Leaving Certificate Examination, 1911
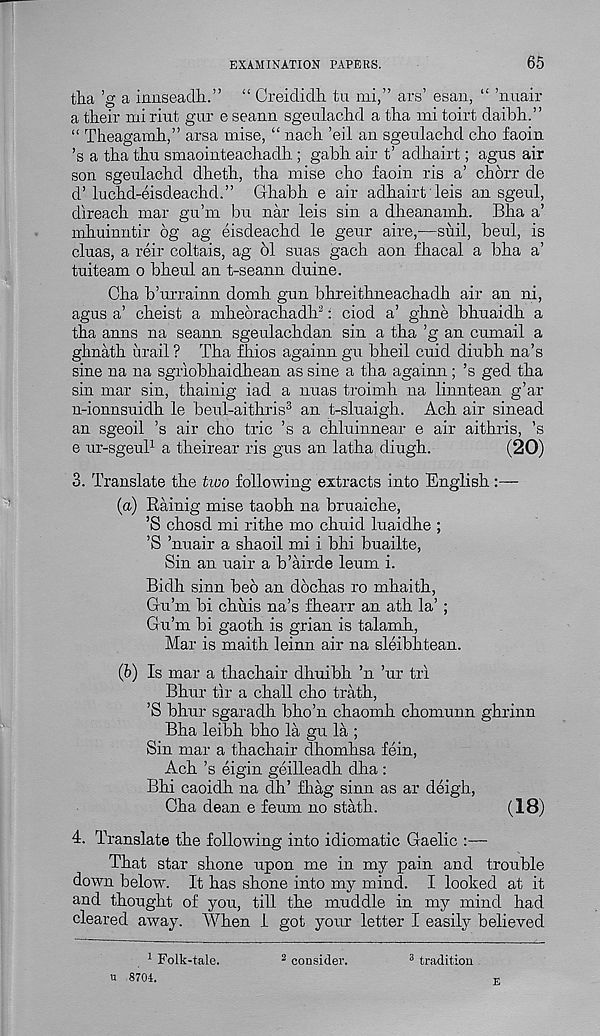
EXAMINATION PAPERS.
65
tha ’g a iianseadh.” “ Creididh tu mi,” ars’ esan, “ ’nuair
a their mi riut gur e seann sgeulachd a tha mi toirt daibh.”
“ Theagamh,” arsa mise, “ nach ’eil an sgeulachd cho faoin
’s a tha thu smaointeachadh; gabh air t’ adhairt; agus air
son sgeulachd dheth, tha mise cho faoin ris a’ chorr de
d’ luchd-eisdeachd.” Ghabh e air adhairt' leis an sgeul,
direach mar gu’m bu nar leis sin a dheanamh. Bha a’
mhuinntir 6g ag eisdeachd le geur aire,-—suil, beul, is
cluas, a reir coltais, ag bl suas gach aon fhacal a bha a’
tuiteam o bheul an t-seann duine.
Cha b’urrainn domh gun bhreithneachadh air an ni,
agus a’ cheist a mheorachadh 3 : ciod a’ ghne bhuaidh a
tha anus na seann sgeulachdan sin a tha ’g an cumail a
ghnath iirail ? Tha fhios againn gu bheil cuid diubh na’s
sine na na sgriobhaidhean as sine a tha againn ; ’s ged tha
sin mar sin, thainig iad a nuas troimh na linntean g’ar
n-ionnsuidh le beul-aithris 3 an t-sluaigh. Ach air sinead
an sgeoil ’s air cho trie ’s a chluinnear e air aithris, ’s
e ur-sgeul 1 a theirear ris gus an latha diugh.
(20)
3. Translate the two following extracts into English :—
(a) Rainig mise taobh na bruaiche,
’S chosd mi rithe mo chuid luaidhe ;
’S ’nuair a shaoil mi i bhi buailte,
Sin an uair a b’airde leum i.
Bidh sinn bed an dochas ro mhaith,
Gu’m bi chuis na’s fhearr an ath la’ ;
Gu’m bi gaoth is grian is talamh,
Mar is maith leinn air na sleibhtean.
(b) Is mar a thachair dhuibh ’n ’ur tri
Bhur tir a chall cho trath,
’S bhur sgaradh bho’n chaomh chomunn ghrinn
Bha leibh bho la gu la ;
Sin mar a thachair dhomhsa fein,
Ach’s eigin geilleadh dha :
Bhi caoidh na dh’ fliag sinn as ar deigh,
Cha dean e feum no stath.
(18)
4. Translate the following into idiomatic Gaelic :—
That star shone upon me in my pain and trouble
down below. It has shone into my mind. I looked at it
and thought of you, till the muddle in my mind had
cleared away. When I got your letter I easily believed
1 Folk-tale,
u 8701.
2 consider.
3 tradition
E